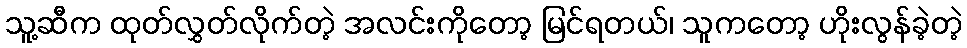
သူ့ဆီက ထုတ်လွှတ်လိုက်တဲ့ အလင်းကိုတော့ မြင်ရတယ်၊ သူကတော့ ဟိုးလွန်ခဲ့တဲ့